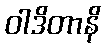
ဝါဒိတာနိ